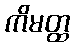
ကိမတ္ထ